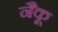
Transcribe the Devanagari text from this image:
नैकू